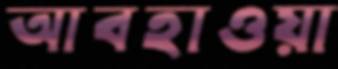
আবহাওয়া